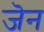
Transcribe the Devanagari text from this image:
जॆन